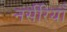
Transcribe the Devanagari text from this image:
नर्सरियाँ